Tezpur Lunatic Asylum reports 1877-1894 - 1877-1894
Year: 1877
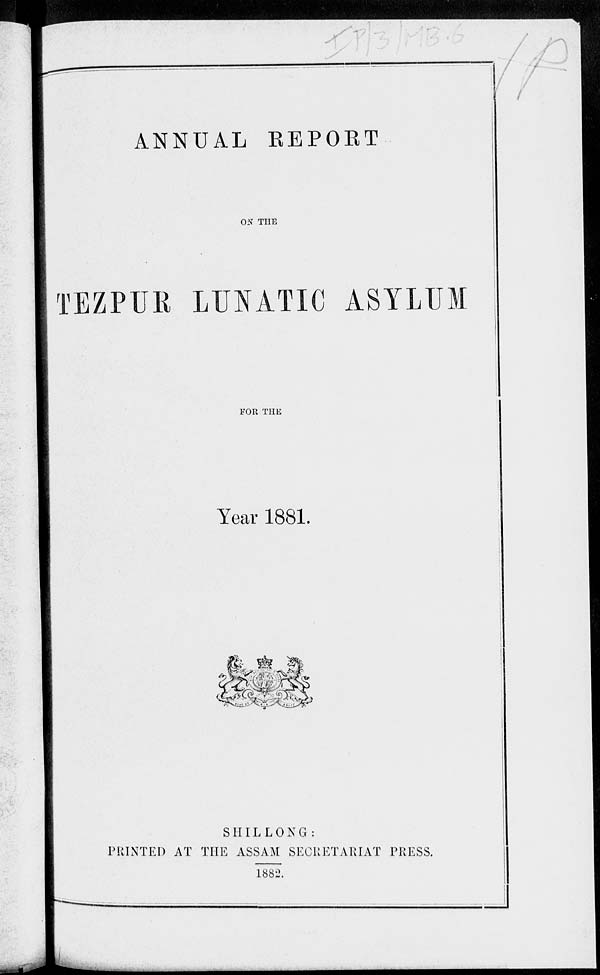
,- y
ANNUAL EEPOET
ON THE
TEZPUR LUNATIC ASYLUM
FOR THE
Year 1881.
mmmk
m cV
SHILLONG:
PRINTED AT THE ASSAM SECRETARIAT PRESS.
1882.